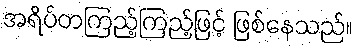
အရိပ်တကြည့်ကြည့်ဖြင့် ဖြစ်နေသည်။